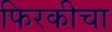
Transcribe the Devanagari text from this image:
फिरकीचा